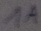
Text: 1A